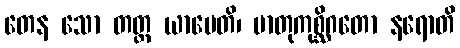
တေန သော တတ္ထ ယာပေတိ၊ မာတုကုစ္ဆိဂတော နရောတိ